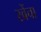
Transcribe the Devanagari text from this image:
खेंचा